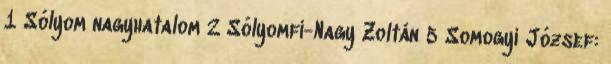
1 Sólyom nagyhatalom 2 Sólyomfi-Nagy Zoltán 5 Somogyi József: